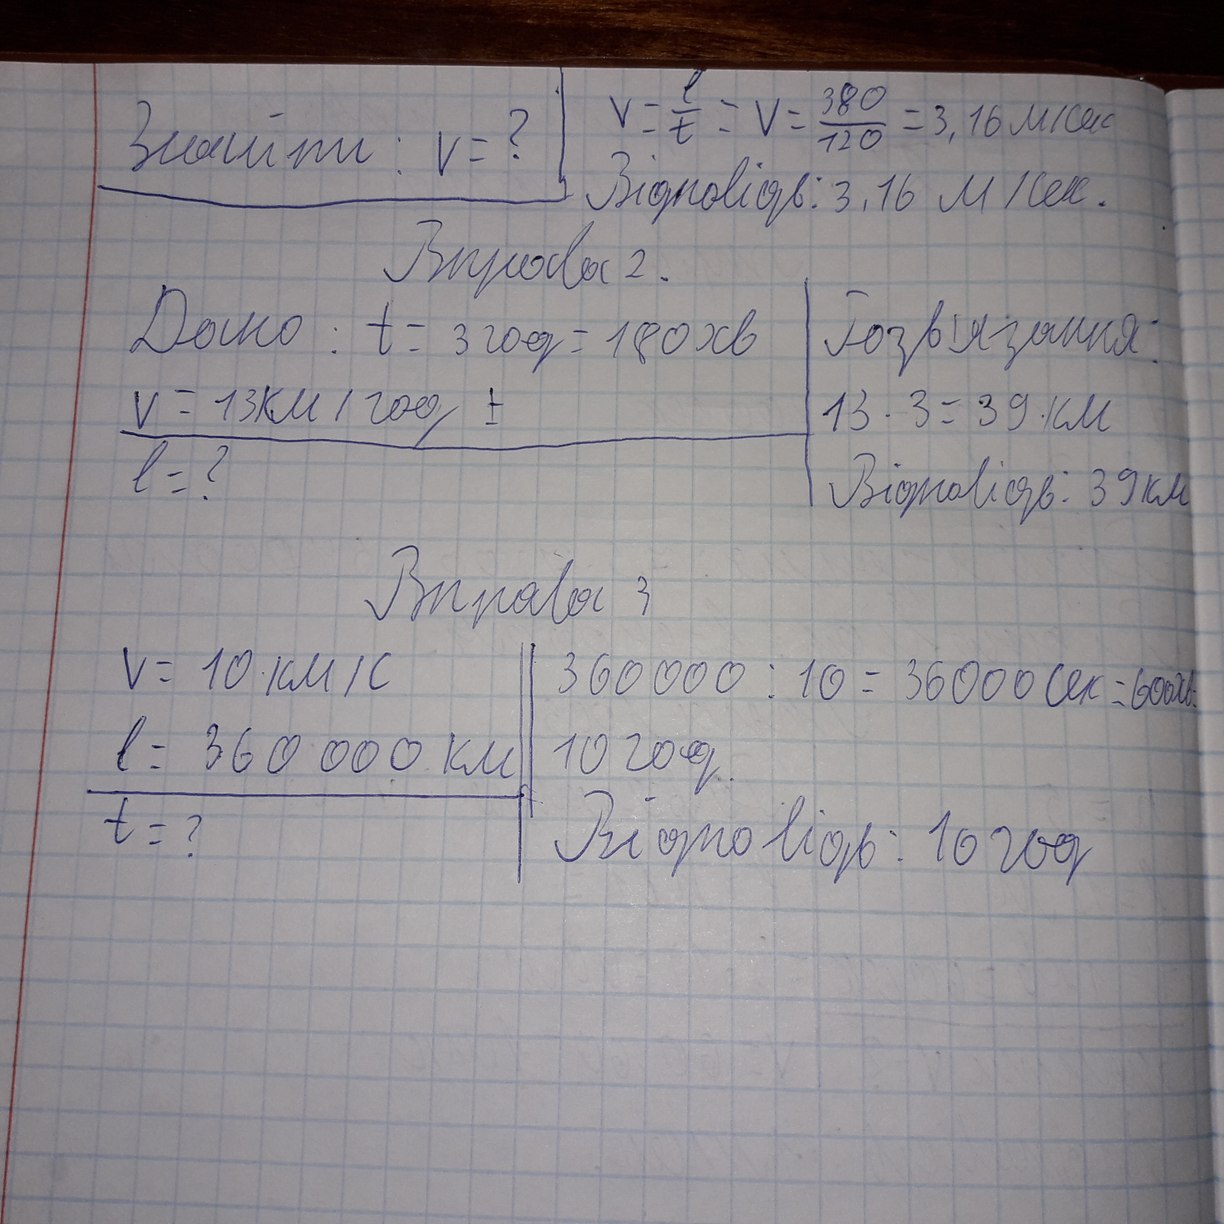
v=e/t=v=380/120=3.16 м/сек.
Знайти: V = ?
Відповідь: 3,16 м/сек.
Вправа 2
Розв’язання:
Дано: t = 3 год = 180 хв
V = 13 км / год, ±
13 · 3 = 39 (км)
l = ?
Відповідь: 39 км
Вправа 3
V = 10 · км/с
36000 : 10 = 36000 сек = 600 хв.
l = 360 000 км
10 год
Відповідь: 10 год
t = ?